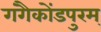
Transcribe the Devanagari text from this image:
गंगैकोंडपुरम्